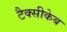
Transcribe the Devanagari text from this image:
टैक्सीकेब